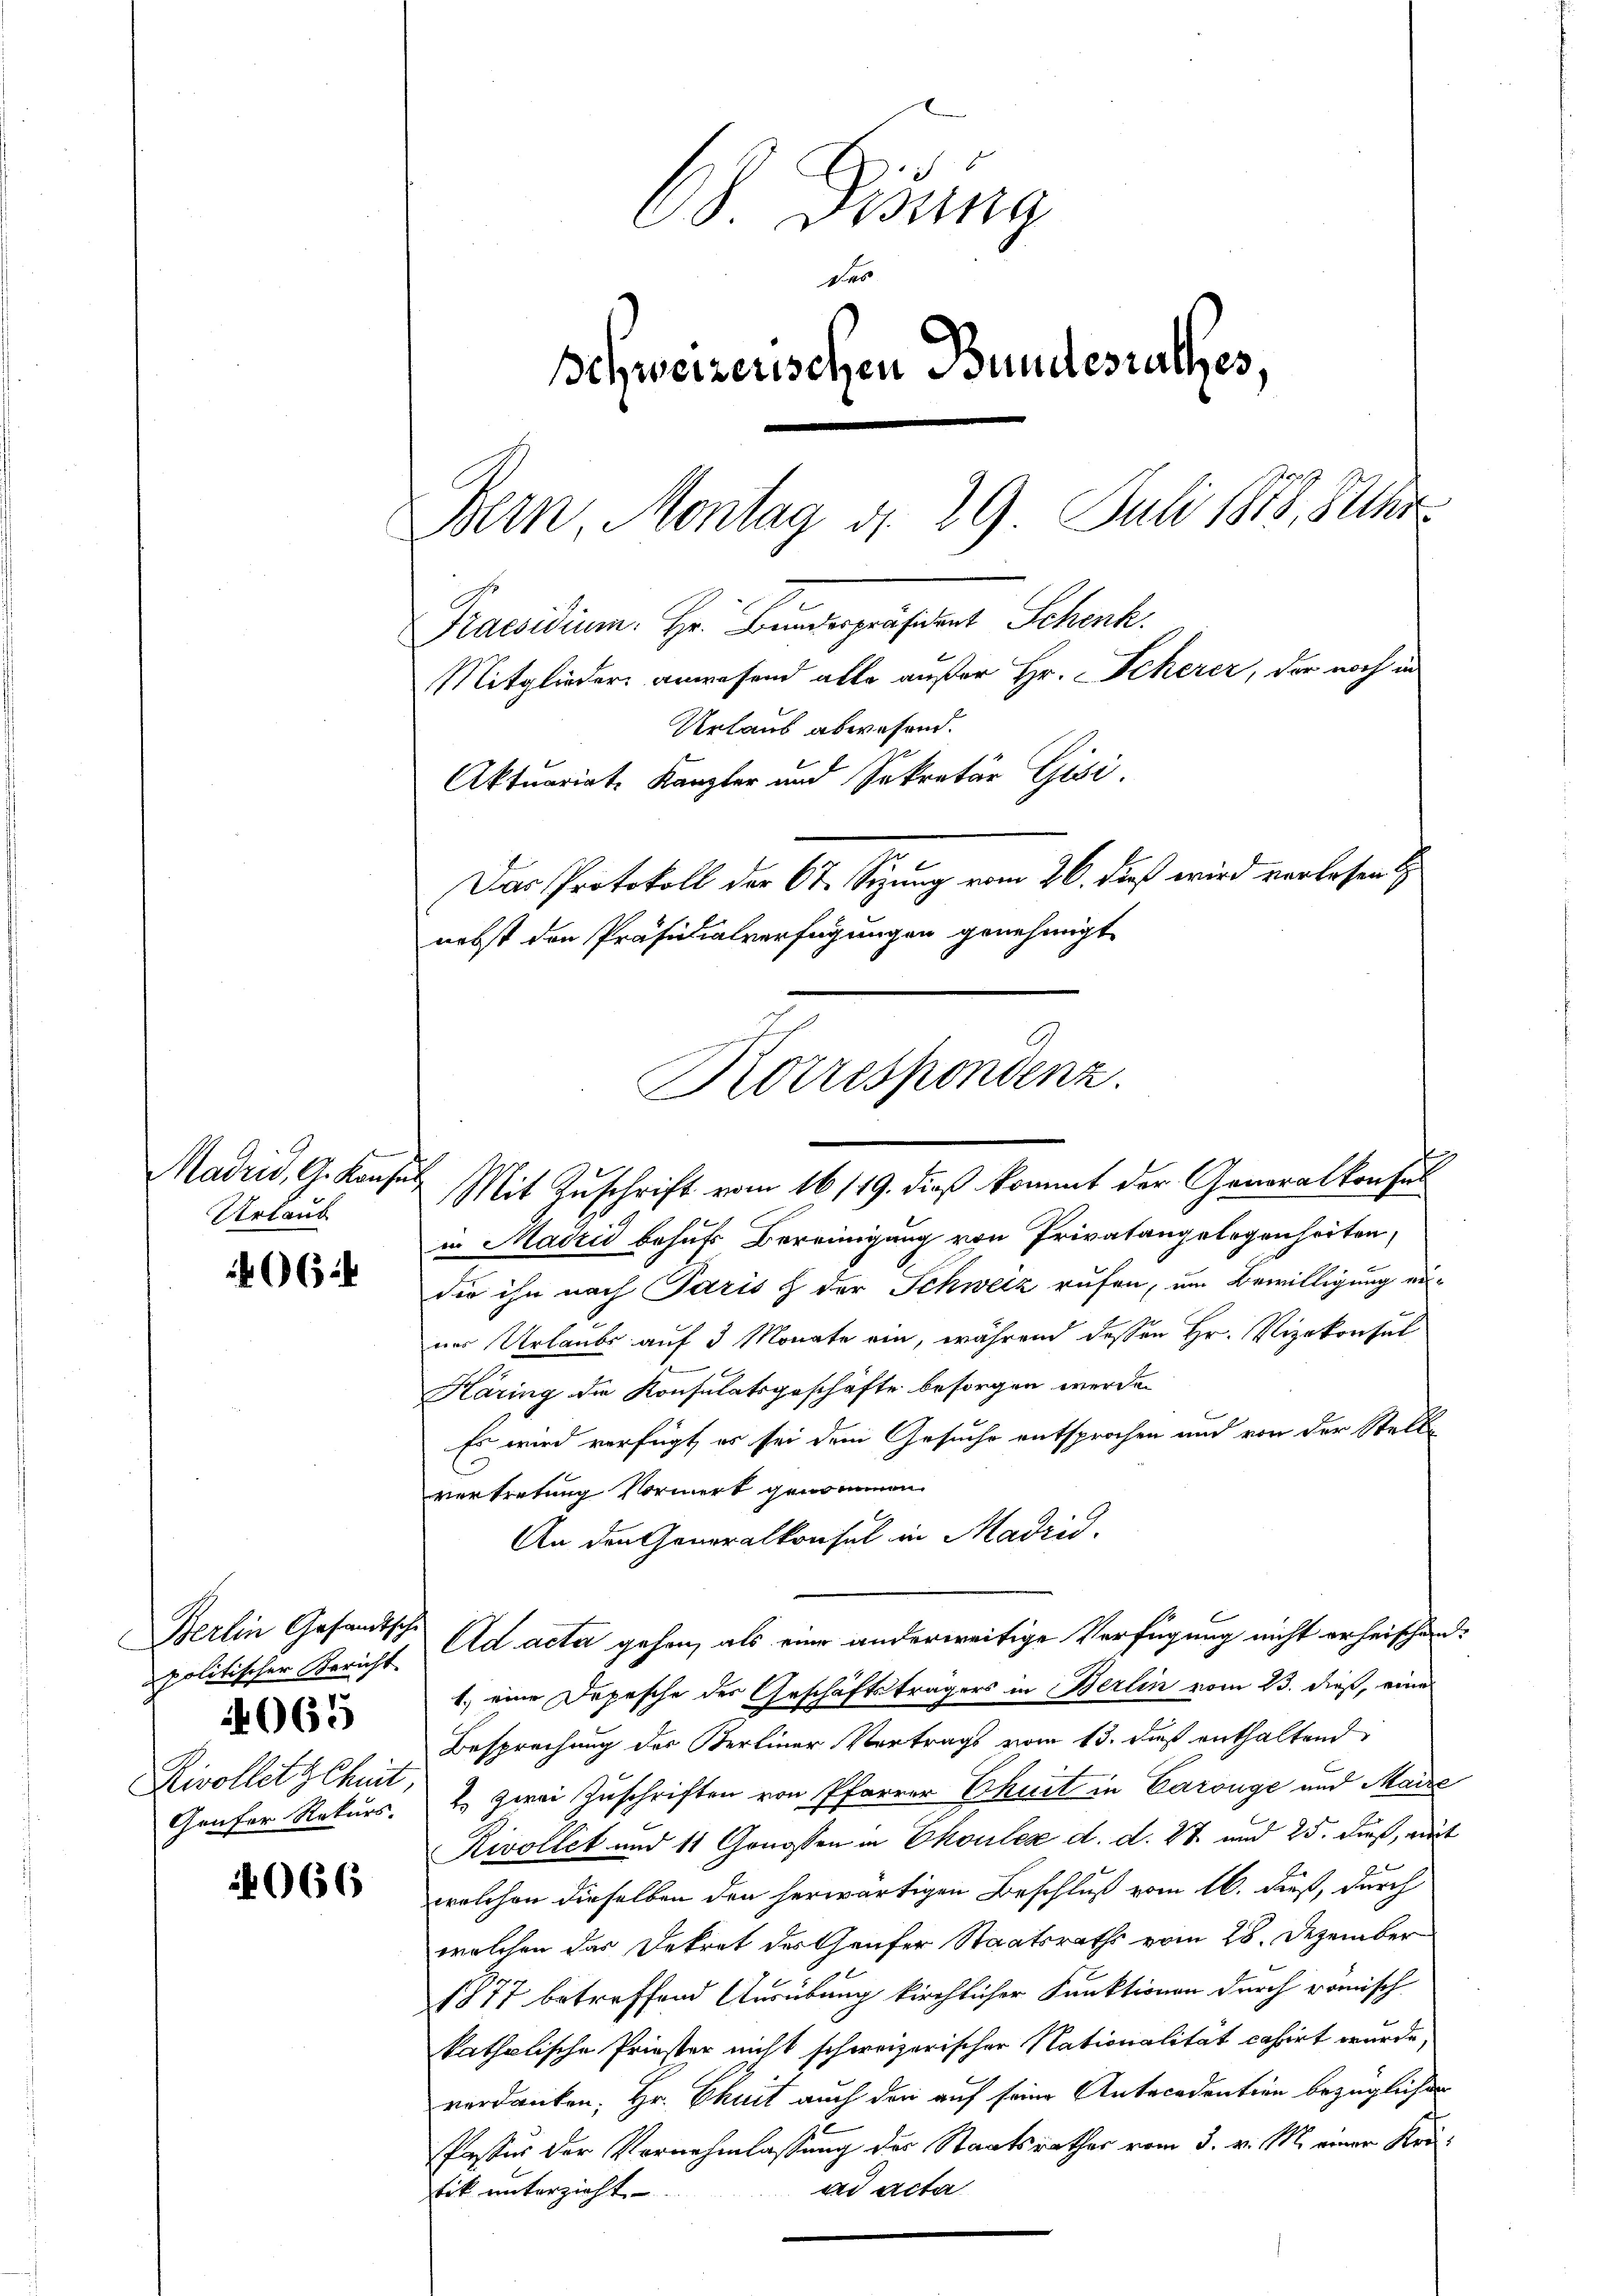
Madrid, G. Kaufe
Urlaub

66

Berlin Gesandtsche
politischer Bericht
Rivollet gehet,
Geufer Rekurs.

4065

066

68. Disung
Das
schweizerischen Bundesrathes,
Bern, Montag d. 29 Juli 1878, Ster
Praesidium. Hr. Bunderpräsident Schenk
Mitglieder anwesend alle außer Hr. Scherer, der noch in
Urlaus abwesend.
Aktuariat Kanzler und Sekretär Gisi
Das Protokoll der 6te Sitzung vom 26. dieß wird vorlesen
nebst den Präsidialverfügungen genehmigt

Mit Zuschrift vom 16/19. dieß kommt der Generalkonsul
in Madzić behufs Bereinigung von Privatangelegenheiten,
die ihn nach Paris h der Schweiz rufen, um Bewilligung einer Urlaubs auf 3 Monate ein, während dessen Hr. Vizekonsul
Käring die Konsulatsgeschäfte besorgen werden
Es wird verfügt, es sei dem Gesuche entsprochen und von der Stellvertretung Normerk genommen.
An den Generalkonsul in Madrid,
Ad acta gehen, als eine anderweitige Verfügung nicht erheischen.
1.) eine Depesche des Geschäftsträgers in Berlin vom 23. dieß, eines
Besprechung der Berliner Vortrags vom 13. dieß enthaltend
2.) Zwei Zuschriften von Pfarrer Bhuit in Carouge und Maise
Rivollet und 11 Genossen in Ehoulez d. d. 27 und 25. dieß, mit
welchen dieselben den herwärtigen Beschluß vom 16. dieß, durch
welchen das Dekret der Gaufer Staatsraths vom 28. Dezember
1877 betreffend Ausübung kirchlicher Funktionen durch römisch
katholische Priester nicht schweizerischer Nationalität casirt wurde,
verdanken; Hr. Chuit auch der auf seine Antecedention bezüglichen
Paster der Vernehmlassung des Staatsrathes vom 3. v. M. einer Kräad acta
stik unterzieht.

Korrespondenz.